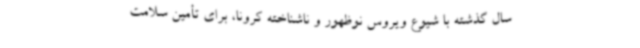
سال گذشته با شیوع ویروس نوظهور و ناشناخته کرونا، برای تأمین سلامت